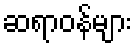
ဆရာဝန်များ